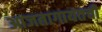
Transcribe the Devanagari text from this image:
आजतागायतची